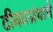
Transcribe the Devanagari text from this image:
टीकाग्रंथाचे